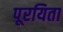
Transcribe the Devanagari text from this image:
पूरयिता